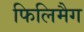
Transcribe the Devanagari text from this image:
फिलिमैग